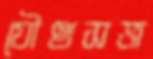
যৌথসভা